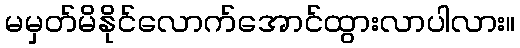
မမှတ်မိနိုင်လောက်အောင်ထွားလာပါလား။